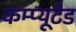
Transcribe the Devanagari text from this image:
कम्प्यूटेड